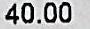
40.00